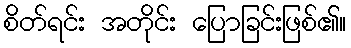
စိတ်ရင်း အတိုင်း ပြောခြင်းဖြစ်၏။